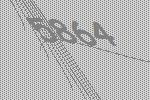
5864